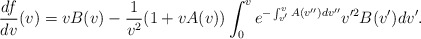
\begin{align*} \frac{df}{dv}(v)=vB(v)-\frac{1}{v^2}(1+vA(v))\int_0^ve^{-\int_{v'}^vA(v'')dv''}v'^2B(v')dv'.\end{align*}